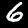
Label: 6